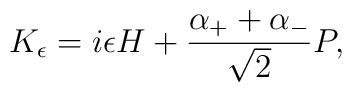
K_\epsilon=i\epsilon H +{{\alpha_++\alpha_-}\over\sqrt{2}}P,